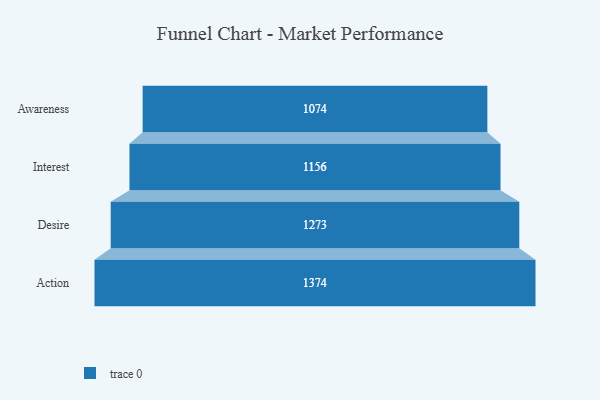
{"axis": {"x": "Stage", "y": "Value"}, "legend": [""], "data": [{"x": "Awareness", "y": 1074.0, "type": ""}, {"x": "Interest", "y": 1156.0, "type": ""}, {"x": "Desire", "y": 1273.0, "type": ""}, {"x": "Action", "y": 1374.0, "type": ""}]}